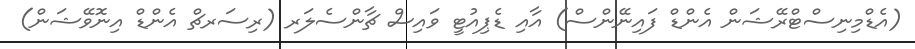
(އެޑްމިނިސްޓްރޭޝަން އެންޑް ފައިނޭންސް) އާއި ޑެޕިއުޓީ ވައިސް ޗާންސެލަރ (ރިސަރޗް އެންޑް އިނޮވޭޝަން)